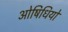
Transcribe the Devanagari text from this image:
ओषिधियों